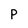
Character: p